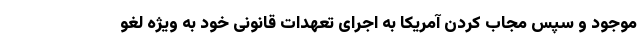
موجود و سپس مجاب کردن آمریکا به اجرای تعهدات قانونی خود به ویژه لغو